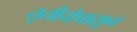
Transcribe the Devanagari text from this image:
तृतीयेपासून